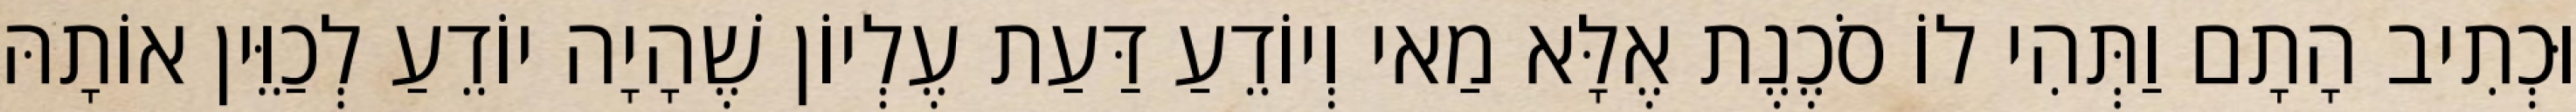
וּכְתִיב הָתָם וַתְּהִי לוֹ סֹכֶנֶת אֶלָּא מַאי וְיוֹדֵעַ דַּעַת עֶלְיוֹן שֶׁהָיָה יוֹדֵעַ לְכַוֵּין אוֹתָהּ